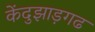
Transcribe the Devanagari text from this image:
केंदुझाड़गढ